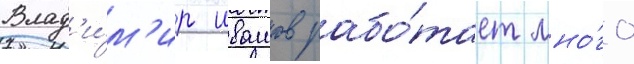
Влад'и́м'ир ивашов рабо́тает мно́го